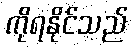
ကိုရနိုင်သည်